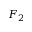
F _ { 2 }